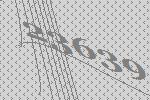
23639